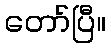
တော်ပြီ။